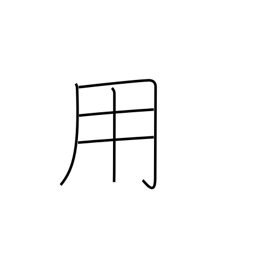
Meaning: use